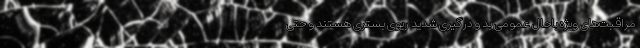
مراقبت‌های ویژه باحال عمومی بد و درگیری شدید ریوی بستری هستند و حتی